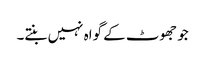
جو جھوٹ کے گواہ نہیں بنتے۔